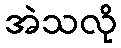
အဲသလို